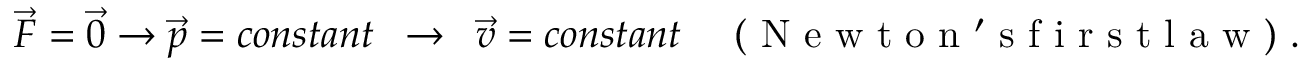
\vec { F } = \vec { 0 } \rightarrow \vec { p } = c o n s t a n t \enspace \rightarrow \enspace \vec { v } = c o n s t a n t \enspace \enspace \mathrm { ~ ( ~ N ~ e ~ w ~ t ~ o ~ n ~ ' ~ s ~ f ~ i ~ r ~ s ~ t ~ l ~ a ~ w ~ ) ~ } .